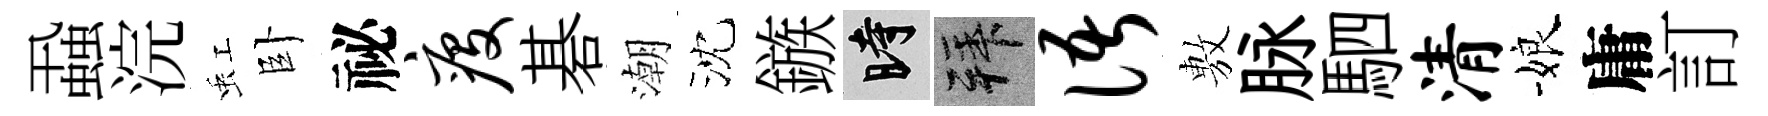
蝨浣虹卧祕疫碁潮沈鏃时拜语𢾾脉駟清娘庸訂